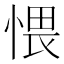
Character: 愄